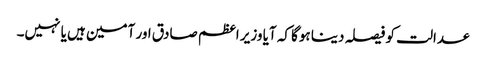
عدالت کو فیصلہ دینا ہوگا کہ آیا وزیر اعظم صادق اور آمین ہیں یا نہیں۔